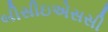
બીસીઇએસસી